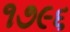
૧૭૯૬